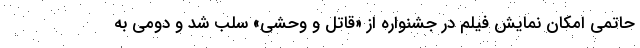
حاتمی امکان نمایش فیلم در جشنواره از «قاتل و وحشی» سلب شد و دومی به